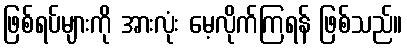
ဖြစ်ရပ်များကို အားလုံး မေ့လိုက်ကြရန် ဖြစ်သည်။